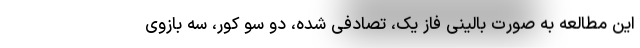
این مطالعه به صورت بالینی فاز یک، تصادفی شده، دو سو کور، سه بازوی